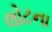
લોટના